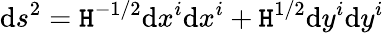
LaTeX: \mathrm{d}s^{2}=\mathtt{H}^{-1/2}\mathrm{d}x^{i}\mathrm{d}x^{i}+\mathtt{H}^{1/2}\mathrm{d}y^{i}\mathrm{d}y^{i}